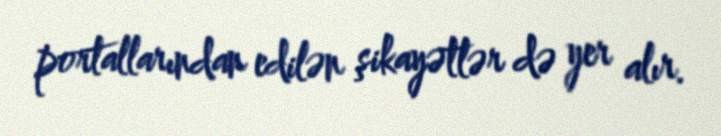
portallarından edilən şikayətlər də yer alır.